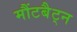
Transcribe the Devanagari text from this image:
मौंटबैट्न